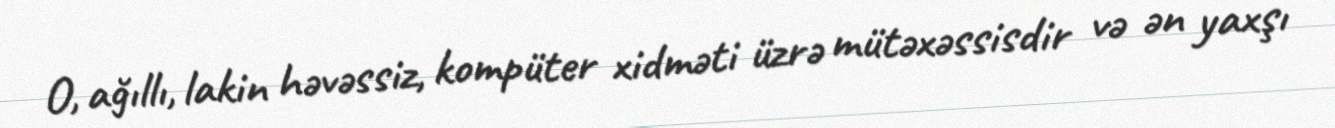
O, ağıllı, lakin həvəssiz, kompüter xidməti üzrə mütəxəssisdir və ən yaxşı